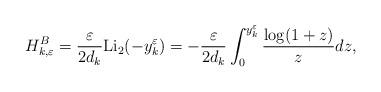
LaTeX: \begin{align*}H^{B}_{k,\varepsilon}=\frac{\varepsilon}{2d_k} \mathrm{Li}_2(-y_k^{\varepsilon})=-\frac{\varepsilon}{2d_k}\int_0^{y_k^{\varepsilon}} \frac{\log(1+z)}{z} dz,\end{align*}